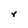
Character: r